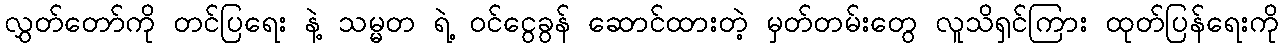
လွှတ်တော်ကို တင်ပြရေး နဲ့ သမ္မတ ရဲ့ ဝင်ငွေခွန် ဆောင်ထားတဲ့ မှတ်တမ်းတွေ လူသိရှင်ကြား ထုတ်ပြန်ရေးကို